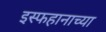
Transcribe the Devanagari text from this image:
इस्फहानाच्या